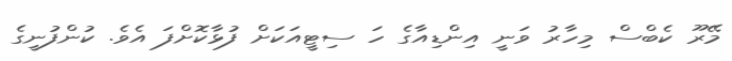
މޭރޫ ކެބްސް މިހާރު ވަނީ އިންޑިއާގެ ހަ ސިޓީއަކަށް ފުޅާކޮށްފަ އެވެ. ކުންފުނީގެ